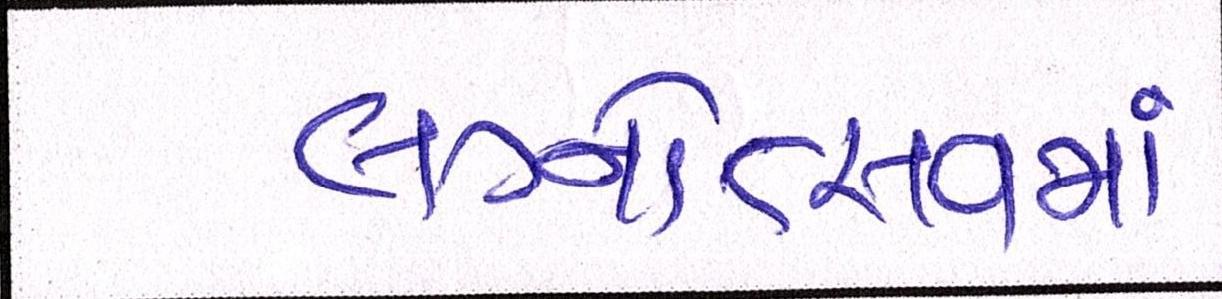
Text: લગ્નોત્સવમાં